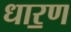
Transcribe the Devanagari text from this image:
धार॒ण